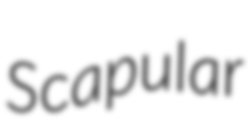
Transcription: Scapular